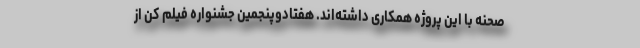
صحنه با این پروژه همکاری داشته‌اند. هفتادوپنجمین جشنواره فیلم کن از